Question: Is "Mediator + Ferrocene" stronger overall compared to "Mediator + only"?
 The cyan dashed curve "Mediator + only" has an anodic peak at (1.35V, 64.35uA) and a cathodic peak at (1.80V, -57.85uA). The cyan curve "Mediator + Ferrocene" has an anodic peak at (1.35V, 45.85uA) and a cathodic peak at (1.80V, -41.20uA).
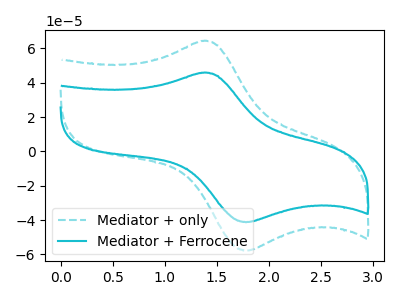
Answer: <think>All the peaks in "Mediator + Ferrocene" have a peak in "Mediator + only" at the same potential. Every peak in "Mediator + Ferrocene" is lower than every peak in "Mediator + only".
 </think>
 <answer>"Mediator + Ferrocene" has less signal than "Mediator + only".</answer>
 <eval>less_signal</eval>